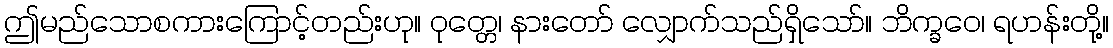
ဤမည်သောစကားကြောင့်တည်းဟု။ ဝုတ္တေ၊ နားတော် လျှောက်သည်ရှိသော်။ ဘိက္ခဝေ၊ ရဟန်းတို့။